Regulations for the medical services of the Army of India
Year: 1930
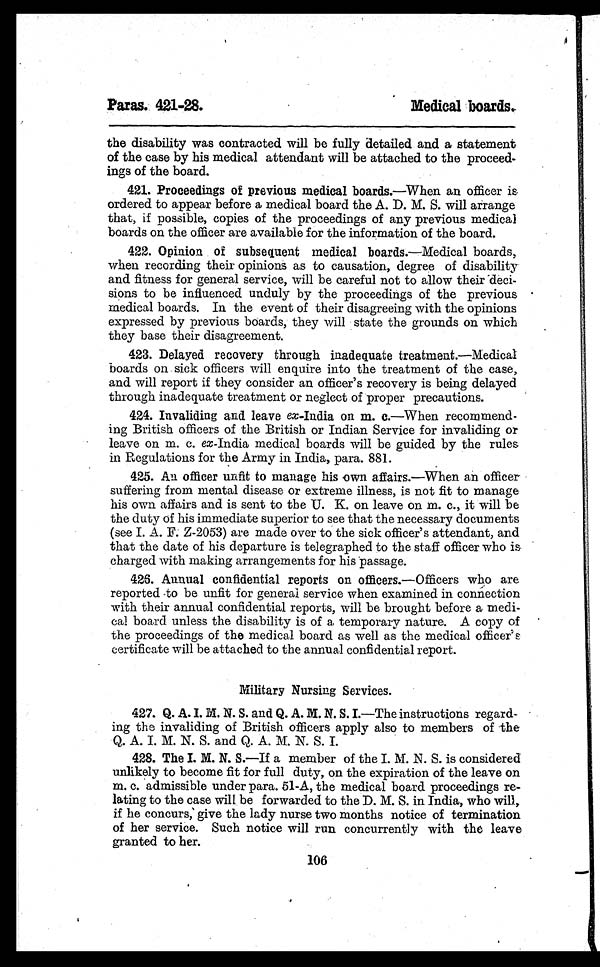
Paras. 421-28.
Medical boards.
the disability was contracted will be fully detailed and a statement
of the case by his medical attendant will be attached to the proceed-
ings of the board.
421. Proceedings of previous medical boards.—When an officer is
ordered to appear before a medical board the A. D. M. S. will arrange
that, if possible, copies of the proceedings of any previous medical
boards on the officer are available for the information of the board.
422. Opinion of subsequent medical boards.—Medical boards,
when recording their opinions as to causation, degree of disability
and fitness for general service, will be careful not to allow their deci-
sions to be influenced unduly by the proceedings of the previous
medical boards. In the event of their disagreeing with the opinions
expressed by previous boards, they will state the grounds on which
they base their disagreement.
423. Delayed recovery through inadequate treatment.—Medical
boards on sick officers will enquire into the treatment of the case,
and will report if they consider an officer's recovery is being delayed
through inadequate treatment or neglect of proper precautions.
424. Invaliding and leave ex-India on m. c.—When recommend-
ing British officers of the British or Indian Service for invaliding or
leave on m. c. ex -India medical boards will be guided by the rules
in Regulations for the Army in India, para. 881.
425. An officer unfit to manage his own affairs.—When an officer
suffering from mental disease or extreme illness, is not fit to manage
his own affairs and is sent to the U. K. on leave on m. c., it will be
the duty of his immediate superior to see that the necessary documents
(see I. A. F. Z-2053) are made over to the sick officer's attendant, and
that the date of his departure is telegraphed to the staff officer who is
charged with making arrangements for his passage.
426. Annual confidential reports on officers.—Officers who are
reported to be unfit for general service when examined in connection
with their annual confidential reports, will be brought before a medi-
cal board unless the disability is of a temporary nature. A copy of
the proceedings of the medical board as well as the medical officer's
certificate will be attached to the annual confidential report.
Military Nursing Services.
427. Q. A. I. M. N. S. and Q. A. M. N. S. I—The instructions regard-
ing the invaliding of British officers apply also to members of the
Q. A. I. M. N. S. and Q. A. M. N. S. I.
428. The I. M. N. S.—If a member of the I. M. N. S. is considered
unlikely to become fit for full duty, on the expiration of the leave on
m. c. admissible under para. 51-A, the medical board proceedings re-
lating to the case will be forwarded to the D. M. S. in India, who will,
if he concurs, give the lady nurse two months notice of termination
of her service. Such notice will run concurrently with the leave
granted to her.
106